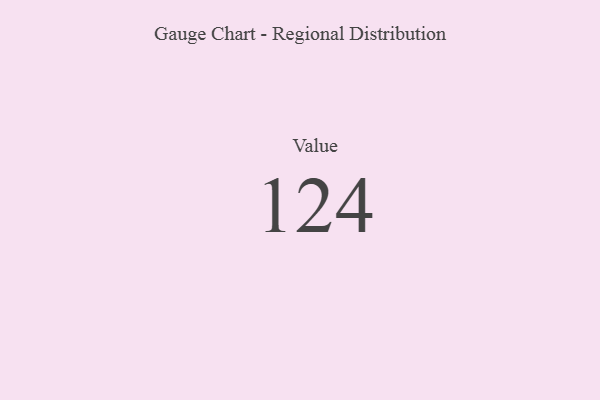
{"axis": {"x": "Metric", "y": "Value"}, "legend": [""], "data": [{"x": "Value", "y": 124, "type": ""}]}